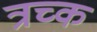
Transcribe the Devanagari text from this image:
त्रच्क